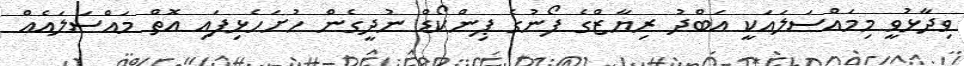
ވިދާޅުވީ މިމައްސަލައަކީ އަބްދު ރިޔާޒްގެ ފޯނުގެ ޕިންކޯޑް ނުދީގެން ހުށަހެޅިފައި އޮތް މައްސަލައެއް